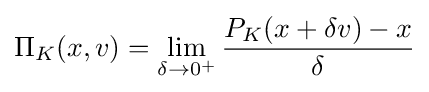
\Pi _{K}(x,v)=\lim _{\delta \to 0^{+}}{\frac {P_{K}(x+\delta v)-x}{\delta }}